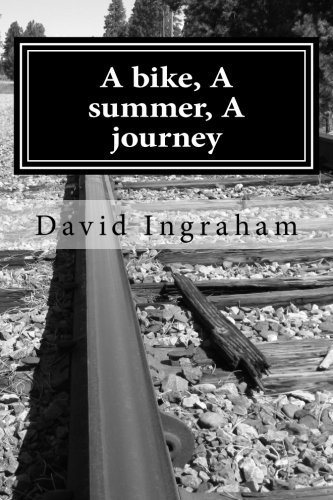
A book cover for A bike, A summer, A journey; David B Ingraham; Sports & Outdoors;